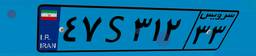
۴۷S۳۱۲۳۳